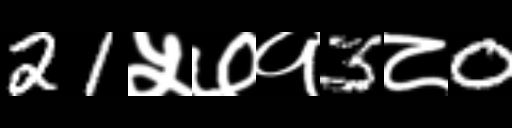
Text: 21५७१3८0